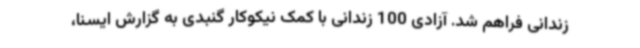
زندانی فراهم شد. آزادی 100 زندانی با کمک نیکوکار گنبدی به گزارش ایسنا،